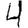
Digit: 4